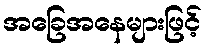
အခြေအနေများဖြင့်